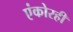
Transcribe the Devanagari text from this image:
एंकोरही